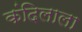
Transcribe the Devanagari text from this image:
कंदिलाला